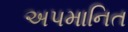
અપમાનિત